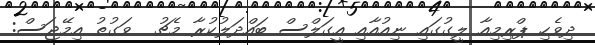
ދިވެހި ޕްރިމިއާ ލީގުގައި ނިއުއާއި އީގަލްސް ބައްދަލުކުރާ މެޗު  ވަގުތު އިމޭޖަސް: